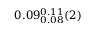
0 . 0 9 _ { 0 . 0 8 } ^ { 0 . 1 1 } ( 2 )